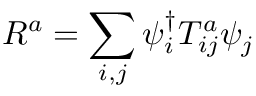
R ^ { a } = \sum _ { i , j } \psi _ { i } ^ { \dagger } T _ { i j } ^ { a } \psi _ { j }